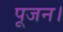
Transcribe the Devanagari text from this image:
पूजन।